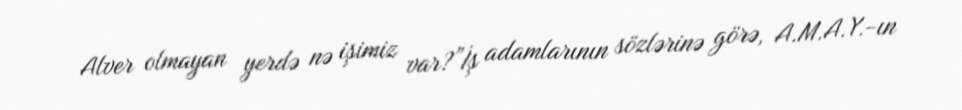
Alver olmayan yerdə nə işimiz var?”İş adamlarının sözlərinə görə, A.M.A.Y.-ın